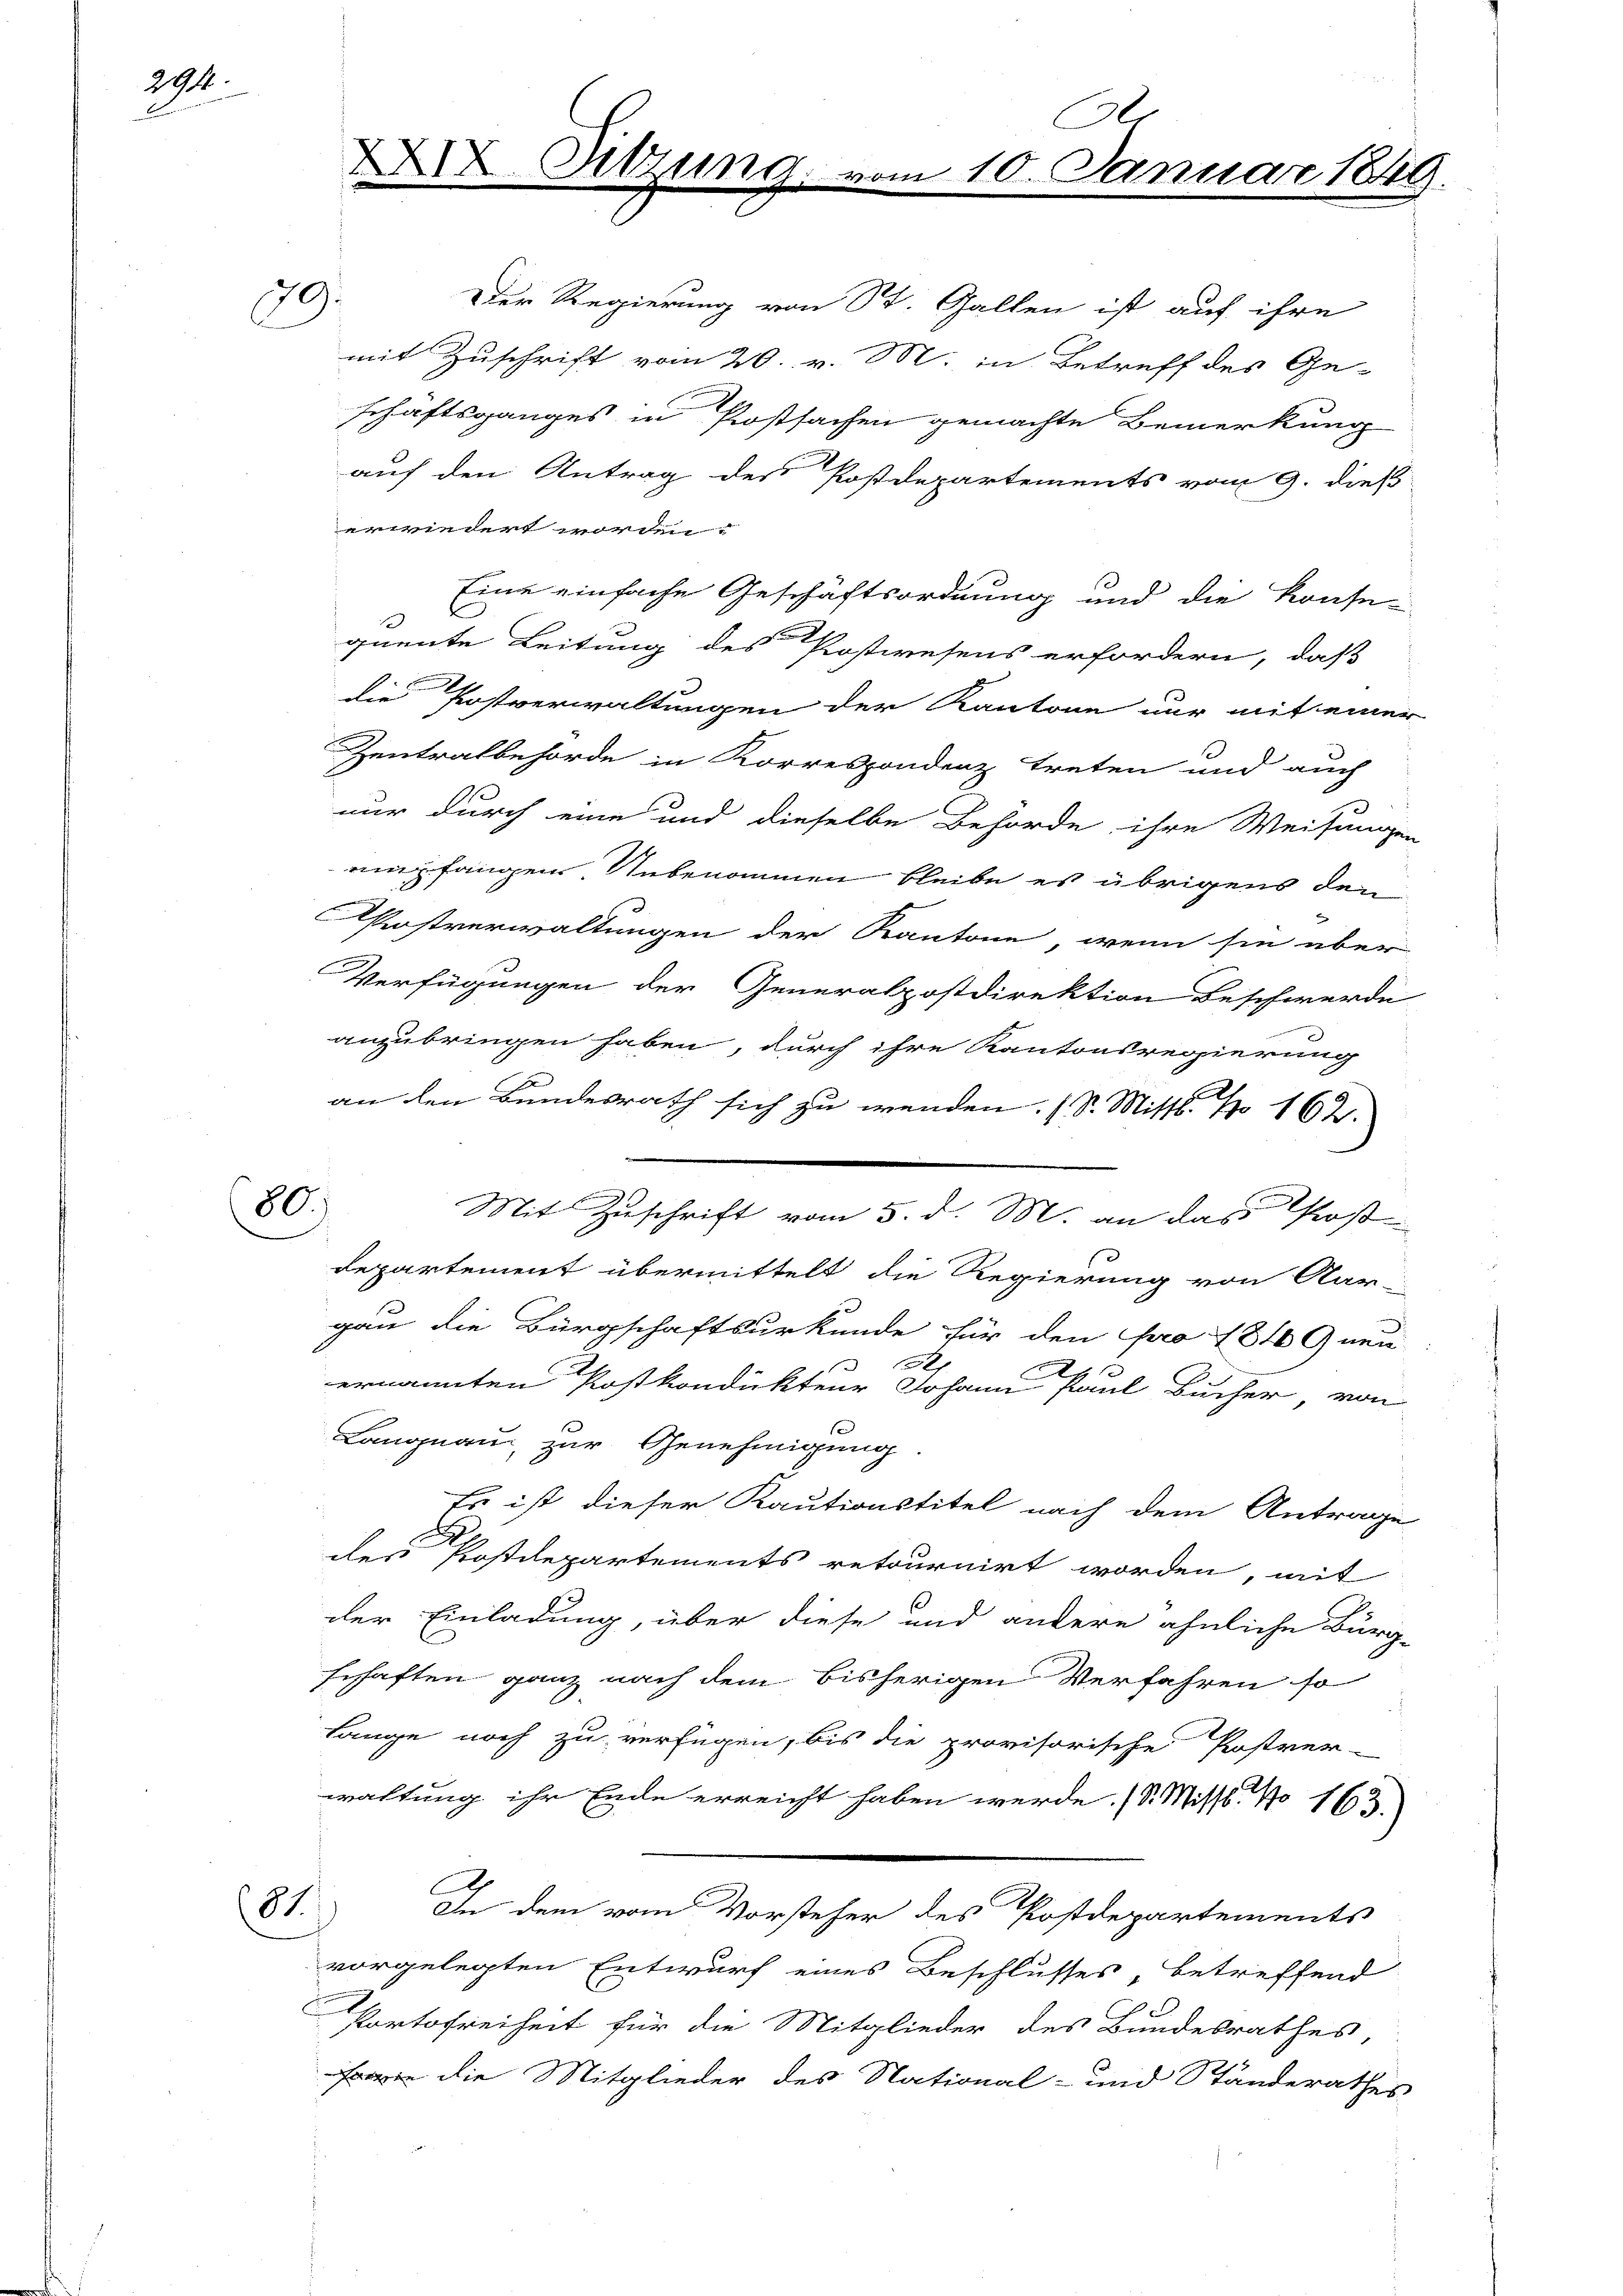
29.

80.)

81.

59.

Der Regierung von St. Gallen ist auf ihre
mit Zuschrift vom 20. v. M. in Betreff des Ge-
schaftsganges in Prostsachen gemachte Bemerkung
auf den Antrag der Postdepartements vom 9. dieß
erwiedert worden
Eine einfache Geschäftsordnung und die Konse-
quente Leitung des Postwesens erfordern, daß
n
7
die Postverwaltungen der Kantone nur mit einer
Zentralbehörde in Korrespondenz treten und auch
nur durch eine und dieselbe Behörde ihre Weisungen
empfangen. Unbenommen bleibe es übrigens den
Postverwaltungen der Kantone, wenn sie über-
Verfügungen der Generalpostdirektion Beschwerde
anzubringen haben, durch ihre Kantonsregierung
an den Bundesrath sich zu wenden. (S. Mitte. No 162.
1
Mit Zuschrift vom 5. d. M. an das Proß
departement übermittelt die Regierung von Aar-
gau die Bürgschaftsurkunde für den pro 1816 Gneu
.
t
ernannten Postkondukteur Johann Paul Bucher, von
Langnau, zur Genehmigung.
Es ist dieser Kautionstitel nach dem Antrage
des Postdepartements retournirt worden, mit
der Einladung, über diese und andere ähnliche Bürg-
schaften ganz nach dem bisherigen Verfahren so
Lange noch zu verfügen, bis die provisorische Postver-
waltung ihr Ende erreicht haben werde. (S. Missl No 163.
A
In dem vom Vorsteher des Postdepartements
vorgelegten Entwurf eines Beschlusses, betreffend
Portofreiheit für die Mitglieder des Bundesrathes
 die Mitglieder des National- und Ständerathes

XXIX Sitzum
E
iiiiiii

Ar
10. Januar 1881